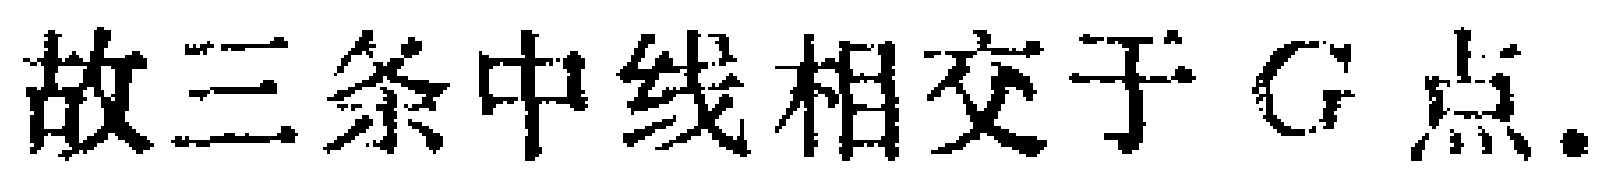
故三条中线相交于 \(G\) 点.